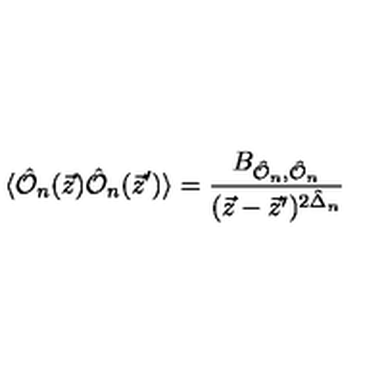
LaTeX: \langle \hat { { \cal O } } _ { n } ( \vec { z } ) \hat { { \cal O } } _ { n } ( \vec { z } ^ { \prime } ) \rangle = \frac { B _ { { \hat { { \cal O } } _ { n } } , \hat { { \cal O } } _ { n } } } { ( \vec { z } - \vec { z } ^ { \prime } ) ^ { 2 \hat { \Delta } _ { n } } } \,